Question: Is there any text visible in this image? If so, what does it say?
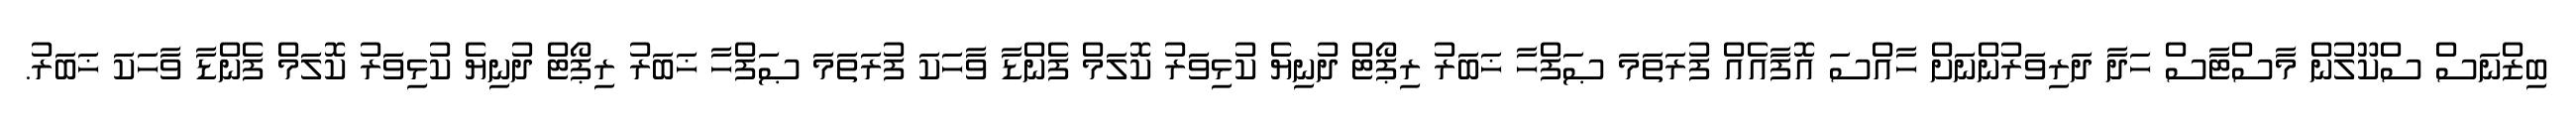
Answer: ބިޒްނަސް ސްކޫލުން މާސްޓާސް ހަދާ ދަރިވަރުންނަށް ހާއްސަ އޮފާއެއް ފުރަތަމަ ޞަފްހާ ޚަބަރު ރިޕޯޓް ދުނިޔެ ކުޅިވަރު ކޮލަމް ފެންޑާ ވާހަކަ ފުރަތަމަ ޞަފްހާ ޚަބަރު ރިޕޯޓް ދުނިޔެ ކުޅިވަރު ކޮލަމް ފެންޑާ ވާހަކަ ޚަބަރު.